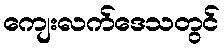
ကျေးလက်ဒေသတွင်